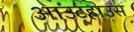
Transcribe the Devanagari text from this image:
आउटहाउस